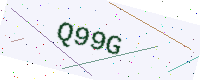
Text: Q99G